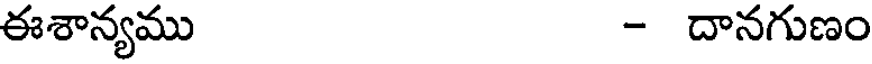
ఈశాన్యము - దానగుణం